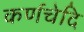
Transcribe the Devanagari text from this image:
कर्णचेदि